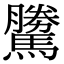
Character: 𩦜